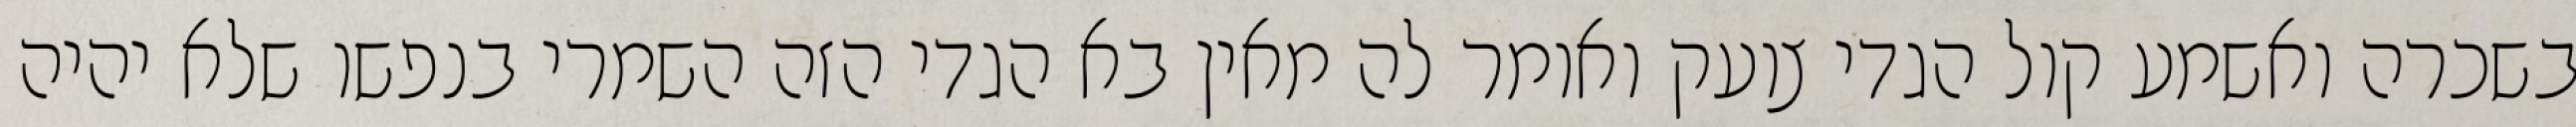
בשכרה ואשמע קול הגדי צועק ואומר לה מאין בא הגדי הזה השמרי בנפשו שלא יהיה